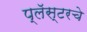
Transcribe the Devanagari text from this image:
प्लॅस्टरचे